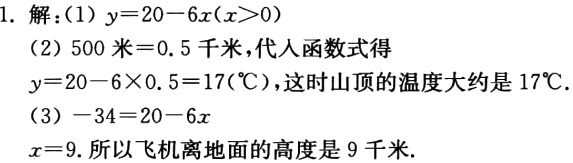
1. 解：
(1) \(y = 20 - 6x(x>0)\)
(2) \(500\text{米}=0.5\text{千米}\)，代入函数式得
\(y = 20 - 6\times0.5 = 17(^{\circ}\text{C})\)，这时山顶的温度大约是\(17^{\circ}\text{C}\)。
(3) \(-34 = 20 - 6x\)
\(x = 9\). 所以飞机离地面的高度是\(9\)千米。